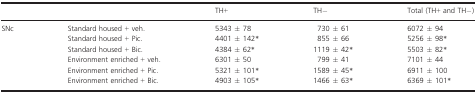
<table><thead><tr><td></td><td></td><td><b>TH+</b></td><td><b>TH−</b></td><td><b>Total (TH+ and TH−)</b></td></tr></thead><tbody><tr><td>SNc</td><td>Standard housed + veh.</td><td>5343 ± 78</td><td>730 ± 61</td><td>6072 ± 94</td></tr><tr><td></td><td>Standard housed + Pic.</td><td>4401 ± 142*</td><td>855 ± 66</td><td>5256 ± 98*</td></tr><tr><td></td><td>Standard housed + Bic.</td><td>4384 ± 62*</td><td>1119 ± 42*</td><td>5503 ± 82*</td></tr><tr><td></td><td>Environment enriched + veh.</td><td>6301 ± 50</td><td>799 ± 41</td><td>7101 ± 44</td></tr><tr><td></td><td>Environment enriched + Pic.</td><td>5321 ± 101*</td><td>1589 ± 45*</td><td>6911 ± 100</td></tr><tr><td></td><td>Environment enriched + Bic.</td><td>4903 ± 105*</td><td>1466 ± 63*</td><td>6369 ± 101*</td></tr></tbody></table>